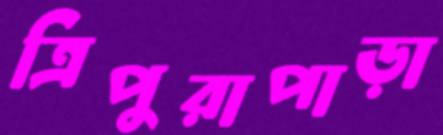
ত্রিপুরাপাড়া